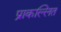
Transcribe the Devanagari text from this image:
प्राकल्लित